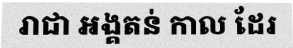
រាជា អង្គតន់ កាល ដែរ